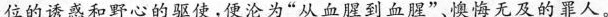
位的诱惑和野心的驱使，使沦为”从血醒到血盟”，懊悔无及的罪人。